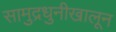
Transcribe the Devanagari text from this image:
सामुद्रधुनीखालून